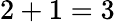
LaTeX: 2+1=3